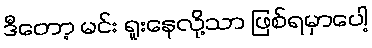
ဒီတော့ မင်း ရူးနေလို့သာ ဖြစ်ရမှာပေါ့